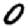
Digit: 0